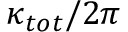
\kappa _ { t o t } / 2 \pi